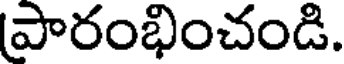
పారంభించండి.